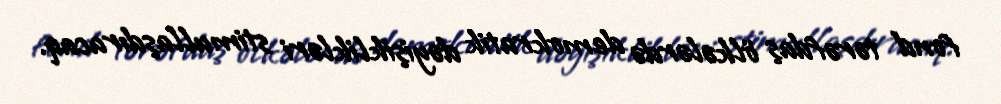
fond tərəfdaş ölkələrdə demokratik dəyişiklikləri stimullaşdıracaq.